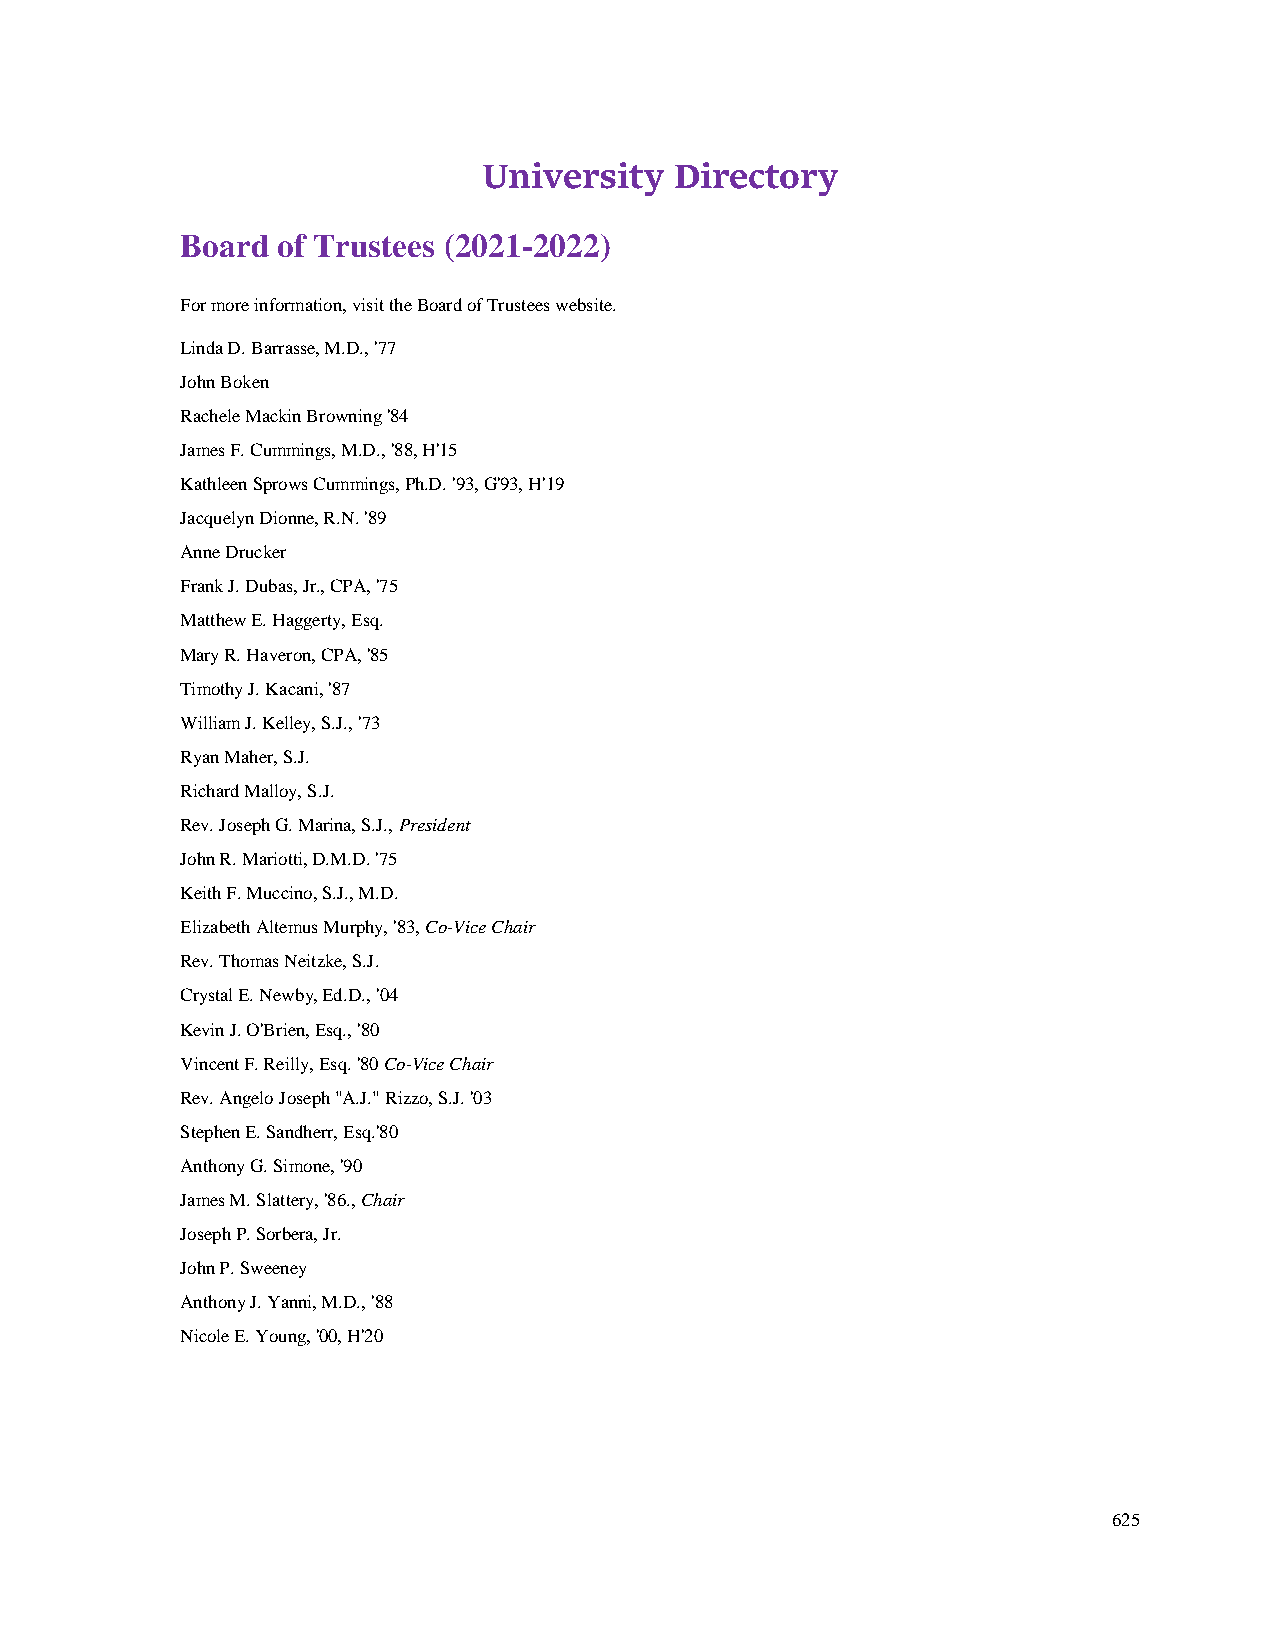
University   Directory
 Board of Trustees (2021-2022)
 For more information, visit the Board of Trustees website.
 Linda D. Barrasse, M.D., '77
 John Boken
 Rachele Mackin Browning '84
 James F. Cummings, M.D., '88, H'15
 Kathleen Sprows Cummings, Ph.D. '93, G'93, H'19
 Jacquelyn Dionne, R.N. '89
 Anne Drucker
 Frank J. Dubas, Jr., CPA, '75
 Matthew E. Haggerty, Esq.
 Mary R. Haveron, CPA, '85
 Timothy J. Kacani, '87
 William J. Kelley, S.J., '73
 Ryan Maher, S.J.
 Richard Malloy, S.J.
 Rev. Joseph G. Marina, S.J., President
 John R. Mariotti, D.M.D. '75
 Keith F. Muccino, S.J., M.D.
 Elizabeth Altemus Murphy, '83, Co-Vice Chair
 Rev. Thomas Neitzke, S.J.
 Crystal E. Newby, Ed.D., '04
 Kevin J. O'Brien, Esq., '80
 Vincent F. Reilly, Esq. '80 Co-Vice Chair
 Rev. Angelo Joseph "A.J." Rizzo, S.J. '03
 Stephen E. Sandherr, Esq.'80
 Anthony G. Simone, '90
 James M. Slattery, '86., Chair
 Joseph P. Sorbera, Jr.
 John P. Sweeney
 Anthony J. Yanni, M.D., '88
 Nicole E. Young, '00, H'20
 625